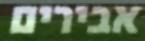
אבירים